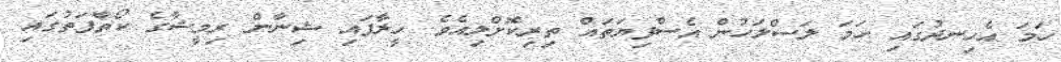
ހަމަ އެހިނދުގައި ހަމަ ލަސްލަހުން އެސްފިޔަތައް ތިރިކޮށްލިއެވެ. ހީލާފައި ޝިނާން ރިމީޝާގެ ކޯތާފަތުގައި